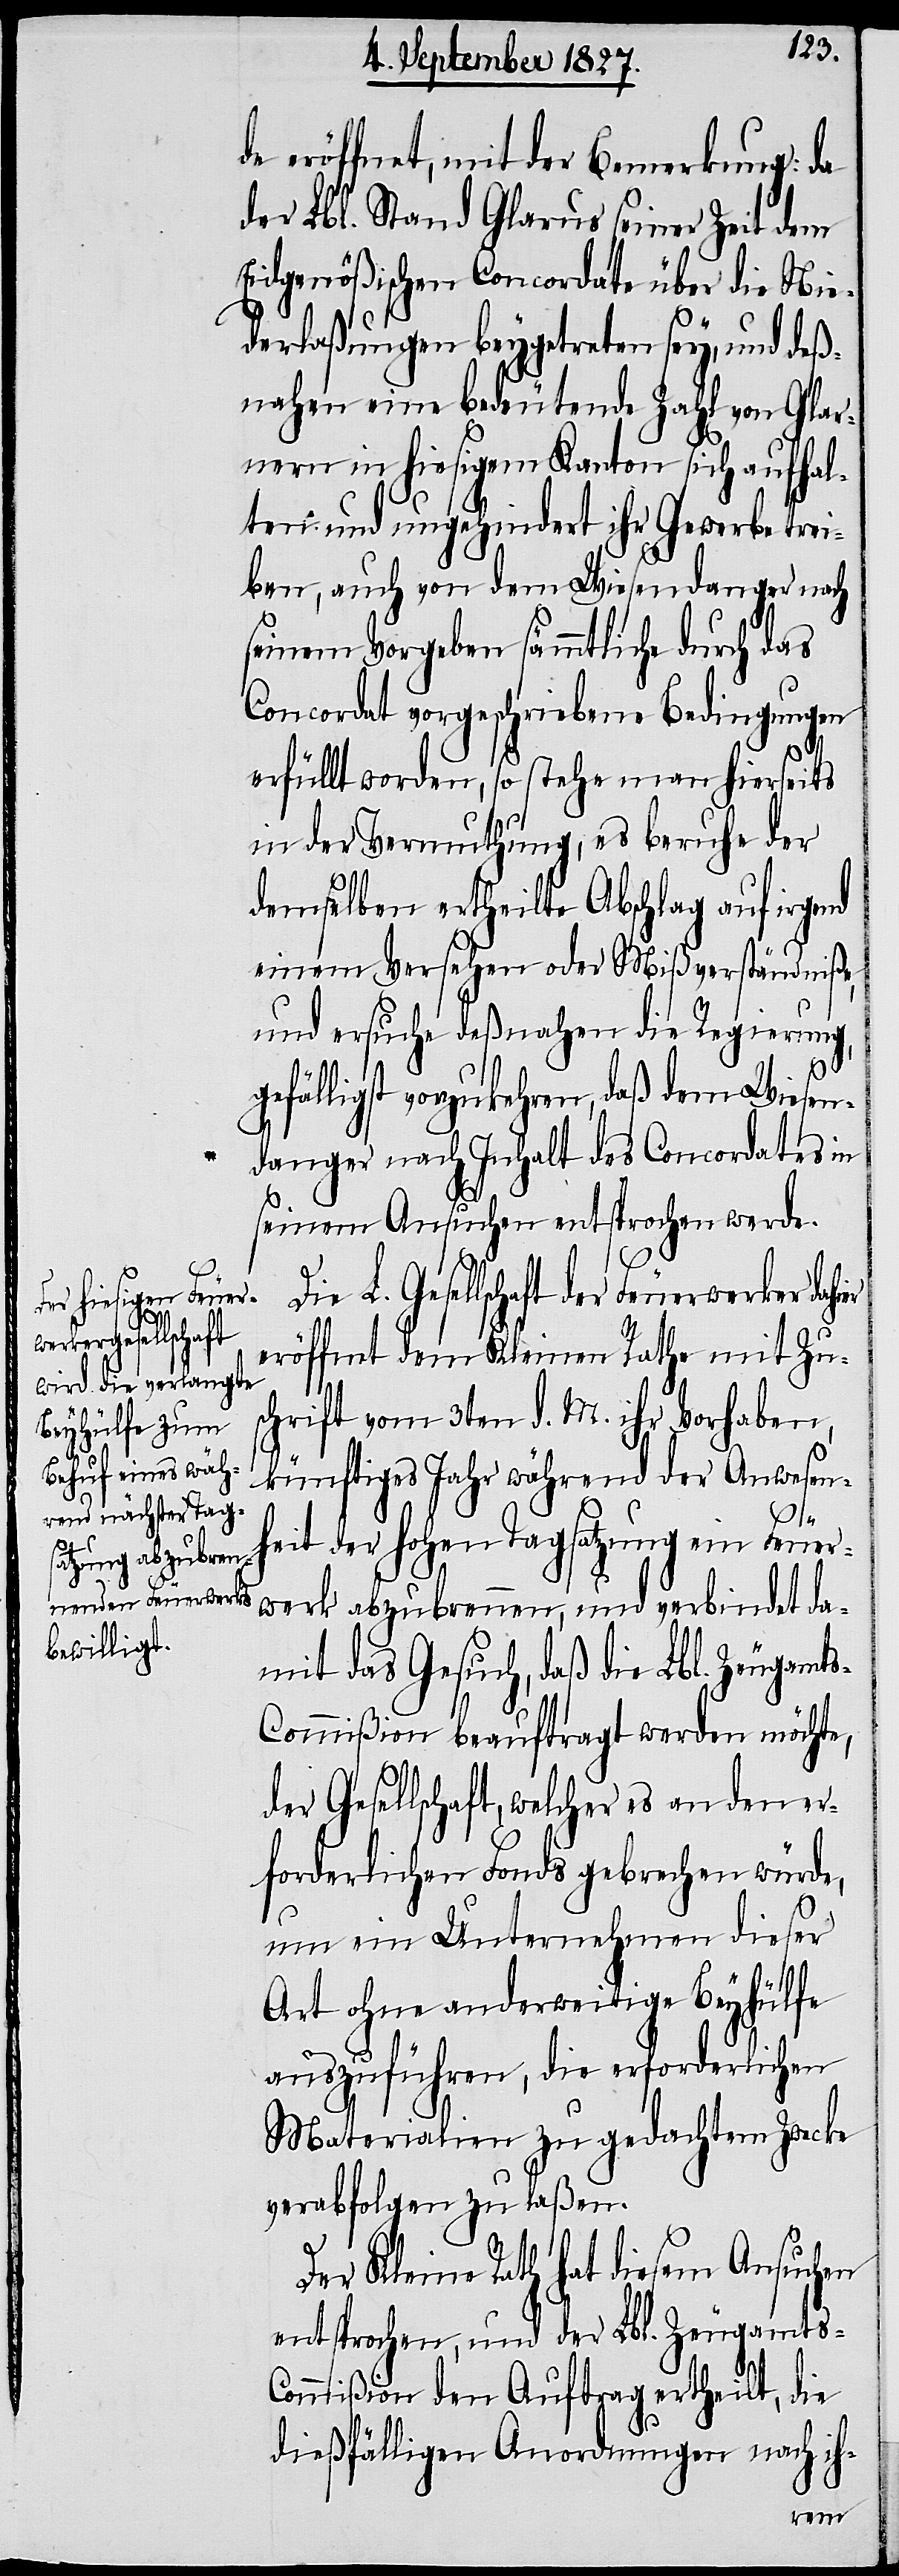
de eröffnet, mit der Bemerkung: da
der Lbl. Stand Glarus seiner Zeit dem
Eidgenößischen Concordate über die Nie¬
derlaßung beygetreten sey, und deß¬
nahen eine bedeutende Zahl von Glar¬
nern in hiesigem Kanton sich aufhal¬
ten und ungehindert ihr Gewerbe trei¬
ben, auch von dem Wiesendanger nach
seinem Vorgeben sämmtliche durch das
Concordat vorgeschriebene Bedingungen
erfüllt worden, so stehe man hierseits
in der Vermuthung, es beruhe der
demselben ertheilte Abschlag auf irgend
einem Versehen oder Mißverständniße,
und ersuche deßnahen die Regierung,
efälligst vorzukehren, daß dem Wiesen¬
danger nach Inhalt des Concordates in
seinem Ansuchen entsprochen werde.
L. Gesellschaft der Feuerwerker dah¬
röffnet dem Kleinen Rathe mit Zu¬
g¬
ier
schrift vom 3ten d. M. ihr Vorhaben,
künftiges Jahr während der Anwesen¬
e¬
heit der hohen Tagsatzung ein Feuer¬
werk abzubrennen, und verbindet da¬
mit das Gesuch, daß die Lbl. Zeugamt¬
s-Commißion beauftragt werden möchte,
der Gesellschaft, welcher es an den er¬
forderlichen Fonds gebrechen würde,
um ein Unternehmen dieser
Art ohne anderweitige Beyhülfe
auszuführen, die erforderlichen
Materialien zu gedachtem Zwecke
verabfolgen zu laßen.
Der Kleine Rath hat diesem Ansuchen
entsprochen, und der Lbl. Zeugamts-C¬
ommißion den Auftrag ertheilt, die
dießfälligen Anordnungen nach ih-